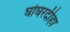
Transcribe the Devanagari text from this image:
घोघरदीहा